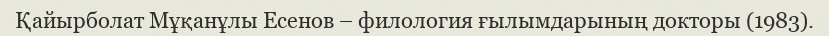
Қайырболат Мұқанұлы Есенов – филология ғылымдарының докторы (1983).